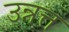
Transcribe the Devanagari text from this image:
उन्नत्त